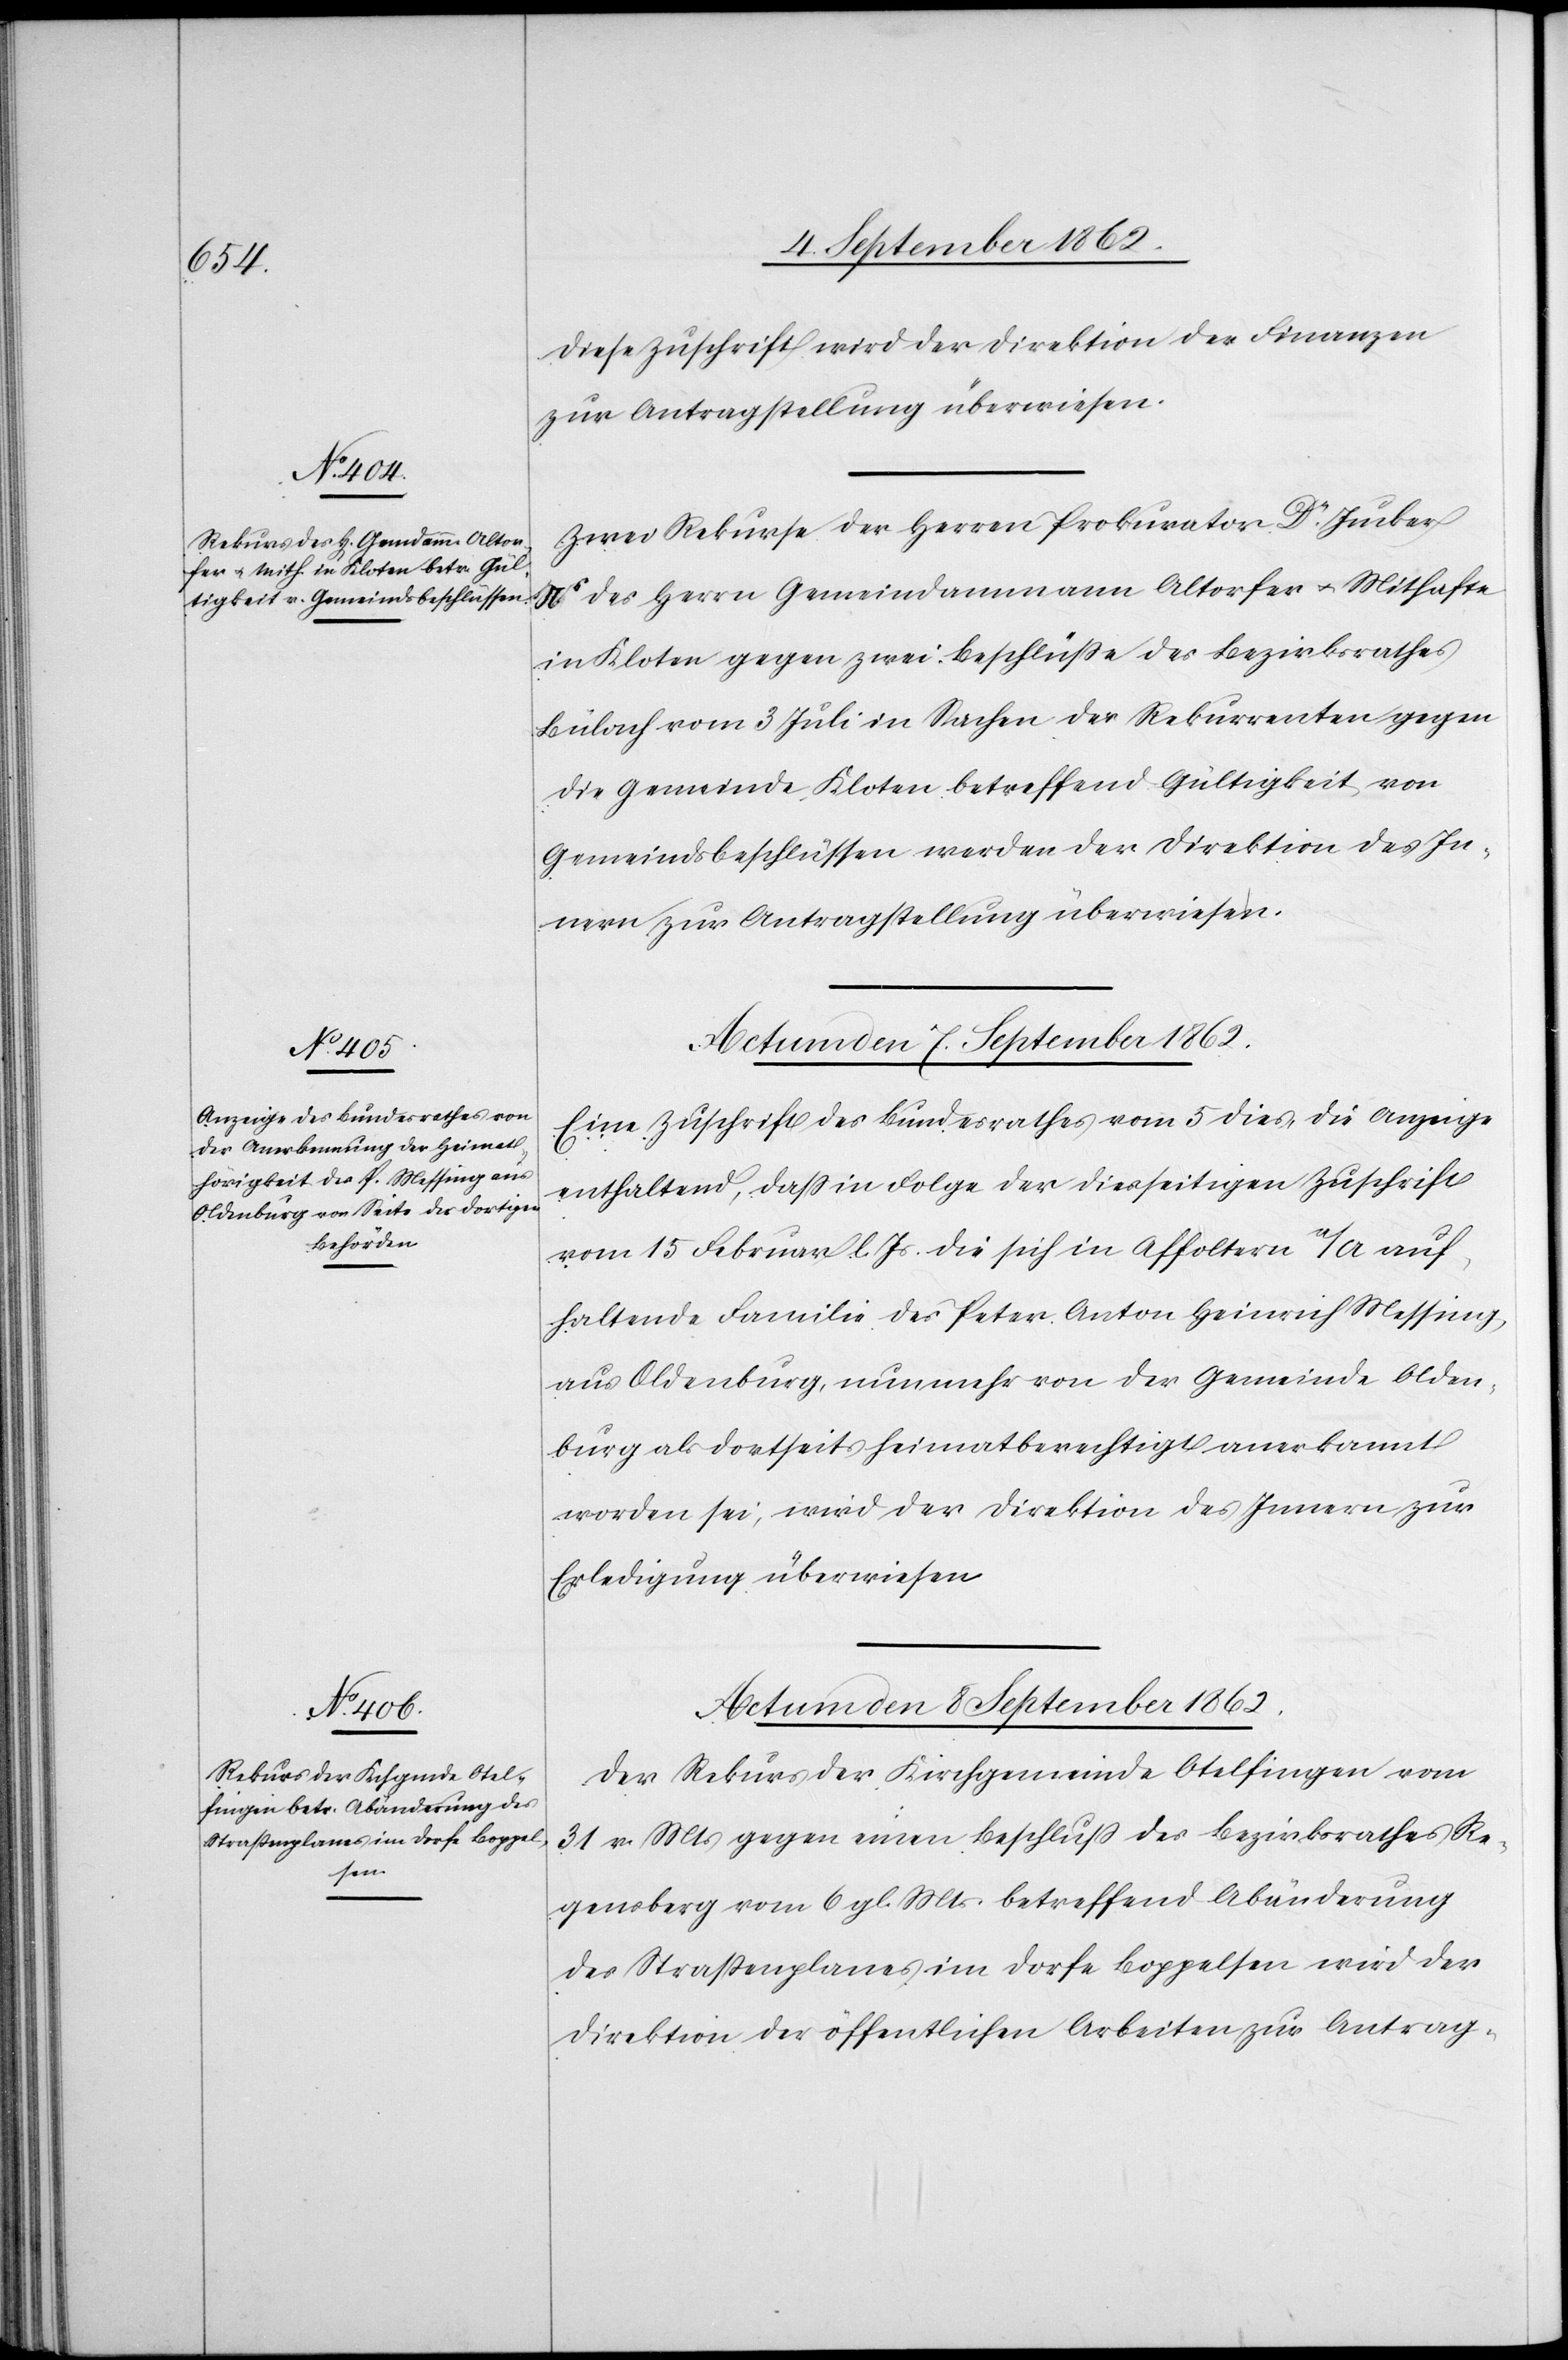
Diese Zuschrift wird der Direktion der Finanzen
zur Antragstellung überwiesen.
Zwei Rekurse der Herren Prokurator Dr Jucker
Ns des Herrn Gemeindammann Altorfer u. Mithafte
in Kloten gegen zwei Beschlüße des Bezirksrathes
Bülach vom 3. Juli in Sachen der Rekurrenten gegen
die Gemeinde Kloten betreffend Gültigkeit von
Gemeindsbeschlüssen werden der Direktion des In¬
nern zur Antragstellung überwiesen.
Actum den 8. September 1862.
Eine Zuschrift des Bundesrathes vom 5. dies, die Anzeige
enthaltend, daß in Folge der diesseitigen Zuschrift
vom 15. Februar l. Js. die sich in Affoltern a/A auf¬
haltende Familie des Peter Anton Heinrich Messing,
aus Oldenburg, nunmehr von der Gemeinde Olden¬
burg als dortseits heimatberechtigt anerkannt
worden sei, wird der Direktion des Innern zur
Erledigung überwiesen.
Der Rekurs der Kirchgemeinde Otelfingen vom
31. v. Mts. gegen einen Beschluß des Bezirksrathes Re¬
gensberg vom 6. gl. Mts. betreffend Abänderung
des Straßenplanes im Dorfe Boppelsen wird der
Direktion der öffentlichen Arbeiten zur Antrag-